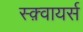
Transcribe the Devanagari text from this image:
स्क़्वायर्स